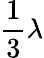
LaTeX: \frac 13\lambda